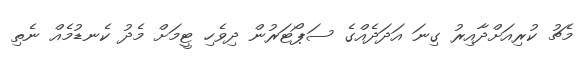
މެޗު ކުރިއަށްދާއިރު ގިނަ އަދަދެއްގެ ސަޕޯޓަރުން ދިވެހި ޓީމަށް މެދު ކެނޑުމެއް ނެތި